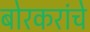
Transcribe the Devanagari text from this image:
बोरकरांचे